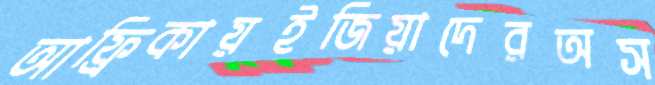
আফ্রিকায়ইজিয়াদেরঅস